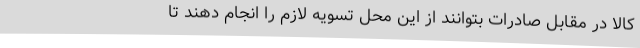
کالا در مقابل صادرات بتوانند از این محل تسویه لازم را انجام دهند تا